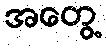
အတွေ့